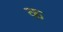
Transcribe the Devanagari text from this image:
कॣ